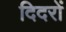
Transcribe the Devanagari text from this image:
दिदरों